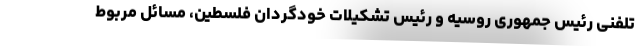
تلفنی رئیس جمهوری روسیه و رئیس تشکیلات خودگردان فلسطین، مسائل مربوط